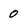
Character: o